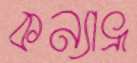
কন্যাভ্রূ